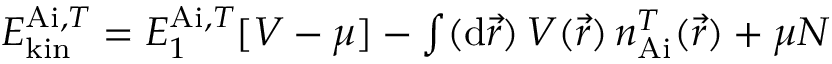
\begin{array} { r } { E _ { \mathrm { k i n } } ^ { \mathrm { A i } , T } = E _ { 1 } ^ { \mathrm { A i } , T } [ V - \mu ] - \int ( \mathrm { d } \vec { r } ) \, V ( \vec { r } ) \, n _ { \mathrm { A i } } ^ { T } ( \vec { r } ) + \mu N } \end{array}